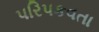
પરિપકવતા